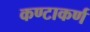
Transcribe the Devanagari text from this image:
कण्टाकर्ण